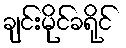
ချင်းမိုင်ခရိုင်